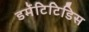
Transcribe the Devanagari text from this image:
डर्मेटिटिडिस